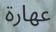
عھارة